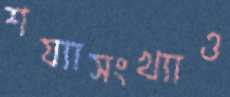
শয্যাসংখ্যাও